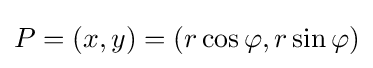
P=(x,y)=(r\cos \varphi ,r\sin \varphi )